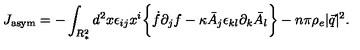
J _ { \mathrm { a s y m } } = - \int _ { R _ { * } ^ { 2 } } d ^ { 2 } x \epsilon _ { i j } x ^ { i } \biggl \{ \dot { f } \partial _ { j } f - \kappa \bar { A } _ { j } \epsilon _ { k l } \partial _ { k } \bar { A } _ { l } \biggr \} - n \pi \rho _ { e } | \vec { q } | ^ { 2 } .